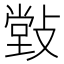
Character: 𰕒